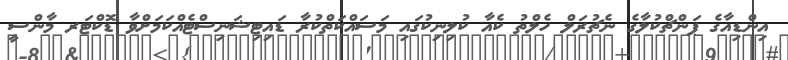
އިންޑިއާގެ ޕަންޗްކުލާގެ ނެޗުރަލް ހެލްތު ކެއާ ކުލިނިކުގައި މަސައްކަތްކުރާ ޑައިޓިޝަނިސްޓެއްކަމަށްވާ ޑޮކްޓަރ މާންސީ